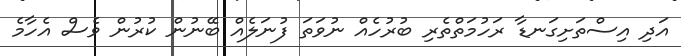
އަދި އިސްތަށިގަނޑާ ރަހުމަތްތެރި ބުރުހެއް ނުވަތަ ފުނަލެއް ބޭނުން ކުރުން ވެސް އެހާމެ